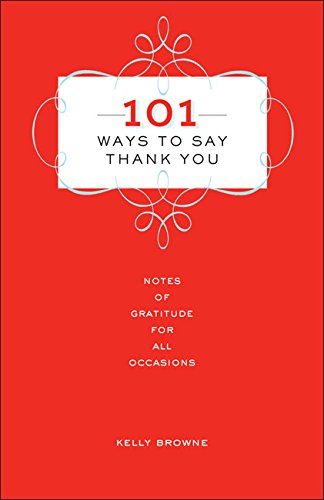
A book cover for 101 Ways to Say Thank You: Notes of Gratitude for All Occasions; Kelly Browne; Business & Money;